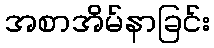
အစာအိမ်နာခြင်း